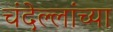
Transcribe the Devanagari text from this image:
चंदेल्लांच्या